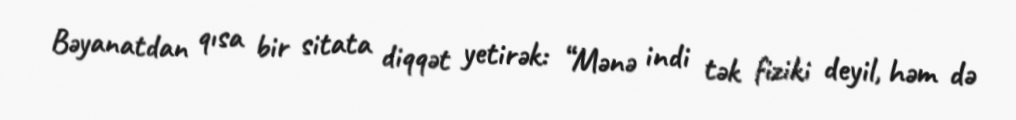
Bəyanatdan qısa bir sitata diqqət yetirək: “Mənə indi tək fiziki deyil, həm də